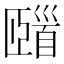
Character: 𩠢